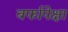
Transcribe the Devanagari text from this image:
बर्फापेक्षा